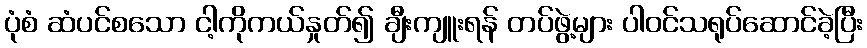
ပုံစံ ဆံပင်စသော ငါ့ကိုကယ်နှုတ်၍ ချီးကျူးရန် တပ်ဖွဲ့များ ပါဝင်သရုပ်ဆောင်ခဲ့ပြီး